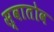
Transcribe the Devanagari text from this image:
स्वातोव